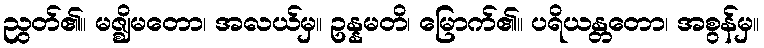
ညွတ်၏။ မဇ္ဈိမတော၊ အလယ်မှ။ ဥန္နမတိ၊ မြောက်၏။ ပရိယန္တတော၊ အစွန်မှ။